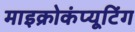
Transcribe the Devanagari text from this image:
माइक्रोकंप्यूटिंग